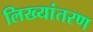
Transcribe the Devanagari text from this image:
लिख्यांतरण